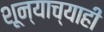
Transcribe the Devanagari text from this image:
शून्याच्याही